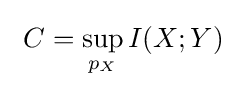
\ C=\sup _{p_{X}}I(X;Y)